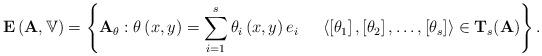
LaTeX: \begin{align*}{\bf E}\left( {\bf A},{\mathbb V}\right) =\left\{ {\bf A}_{\theta }:\theta \left( x,y\right) = \sum_{i=1}^{s}\theta _{i}\left( x,y\right) e_{i} \ \ \ \ \left\langle \left[ \theta _{1}\right] ,\left[ \theta _{2}\right] ,\dots,\left[ \theta _{s}\right] \right\rangle \in {\bf T}_{s}({\bf A}) \right\} .\end{align*}